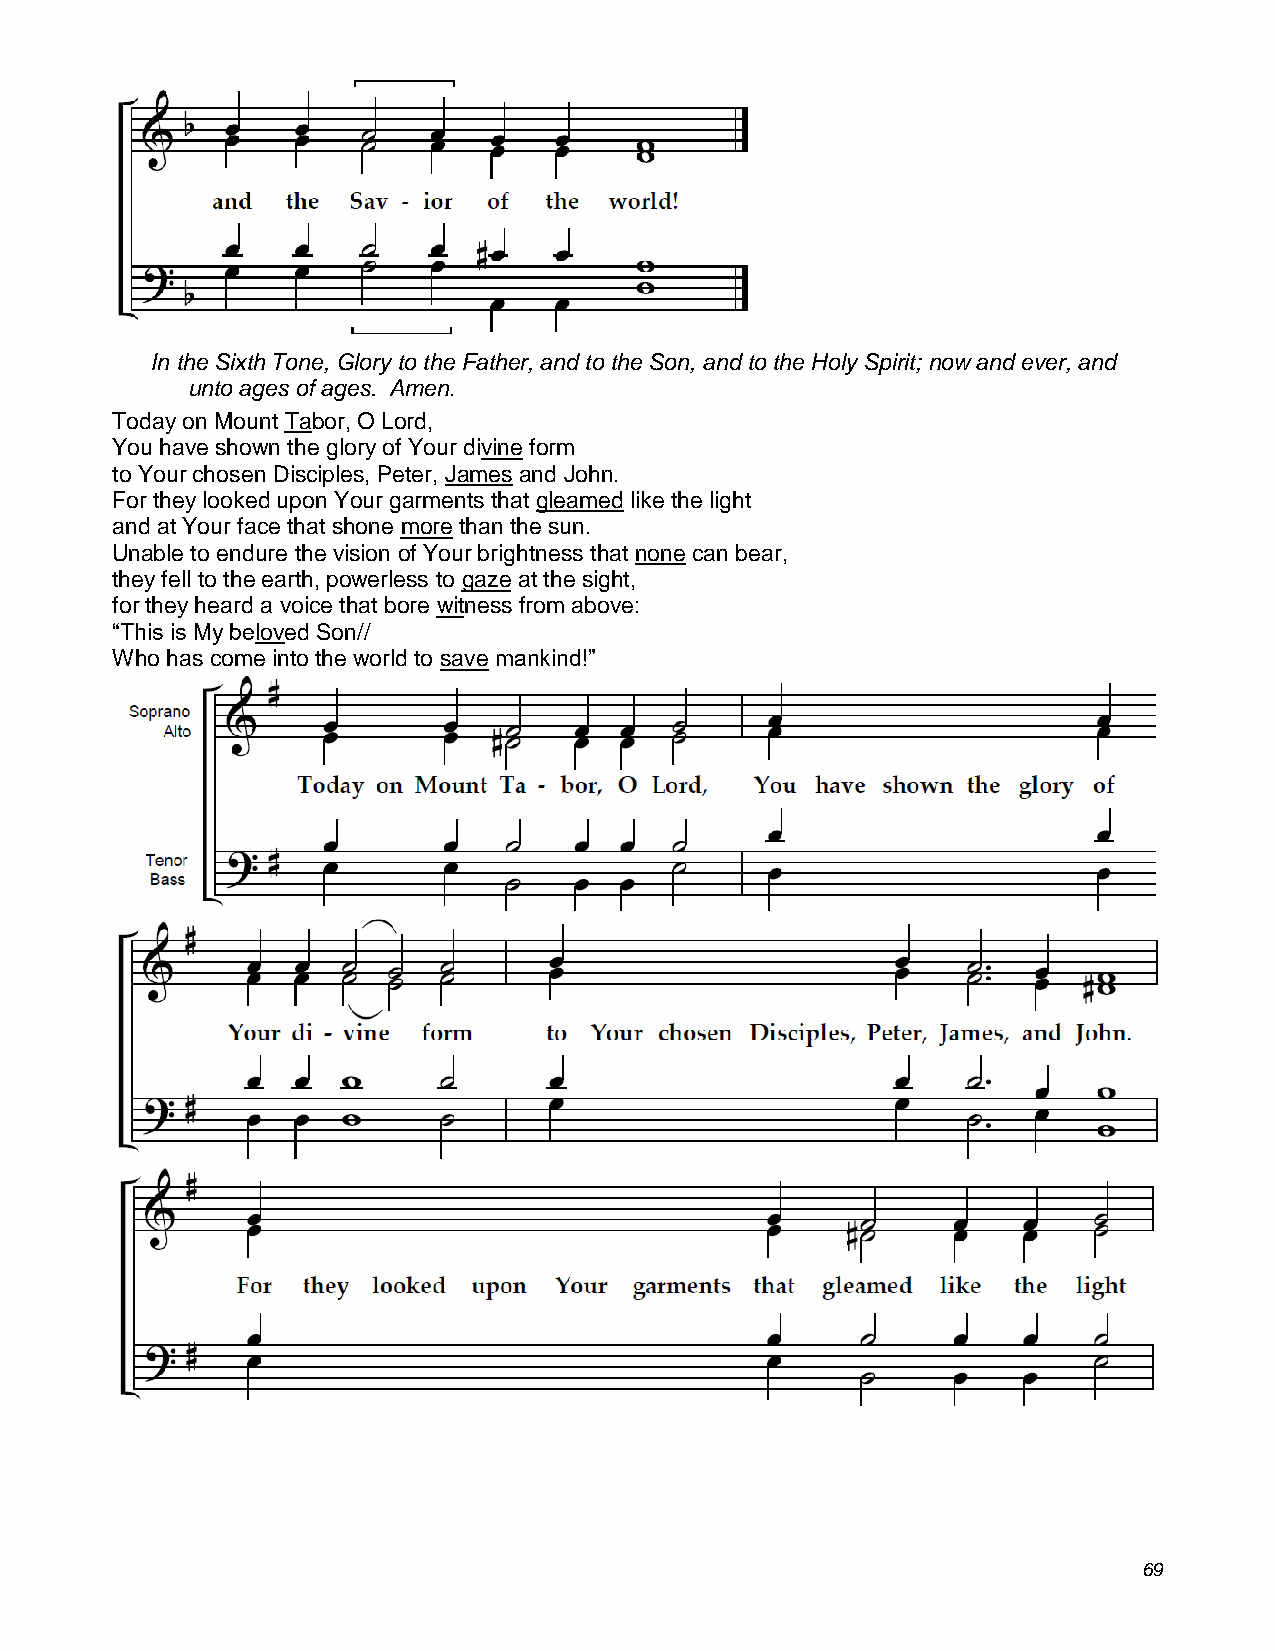
In the Sixth Tone, Glory to the Father, and to the Son, and to the Holy Spirit; now and ever, and
 unto ages of ages. Amen.
 Today on Mount Tabor, O Lord,
 You have shown the glory of Your divine form
 to Your chosen Disciples, Peter, James and John.
 For they looked upon Your garments that gleamed like the light
 and at Your face that shone more than the sun.
 Unable to endure the vision of Your brightness that none can bear,
 they fell to the earth, powerless to gaze at the sight,
 for they heard a voice that bore witness from above:
 “This is My beloved Son//
 Who has come into the world to save mankind!”
 69